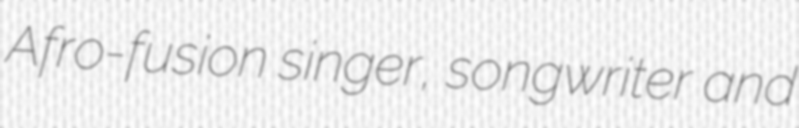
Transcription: Afro-fusion singer, songwriter and